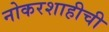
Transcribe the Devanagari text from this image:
नोकरशाहीची